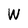
Character: W